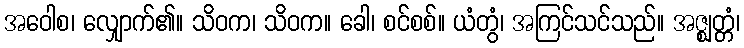
အဝေါစ၊ လျှောက်၏။ သိဝက၊ သိဝက။ ခေါ၊ စင်စစ်။ ယံတွံ၊ အကြင်သင်သည်။ အဇ္ဈတ္တံ၊